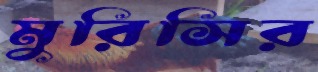
মুরিসির